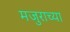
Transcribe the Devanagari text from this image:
मजुराच्या